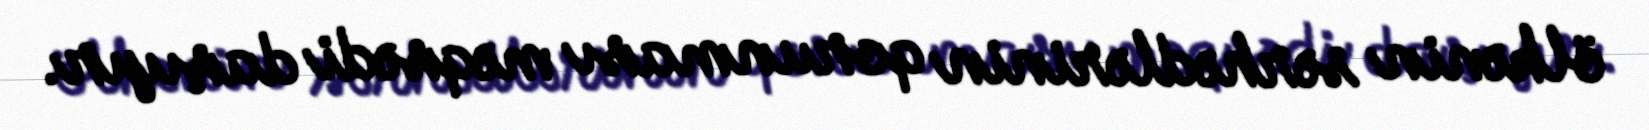
ölkənin sərhədlərinin qorunması məqsədi daşıyır.